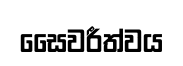
සෛවරීත්වය